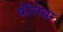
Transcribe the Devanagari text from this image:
फीतेवर